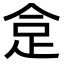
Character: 𧿍